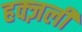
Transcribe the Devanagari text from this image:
हक्ज़ली